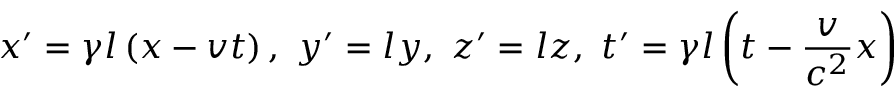
x ^ { \prime } = \gamma l \left( x - v t \right) , \ y ^ { \prime } = l y , \ z ^ { \prime } = l z , \ t ^ { \prime } = \gamma l \left( t - { \frac { v } { c ^ { 2 } } } x \right)